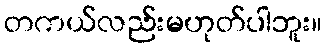
တကယ်လည်းမဟုတ်ပါဘူး။